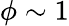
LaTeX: \phi\sim 1